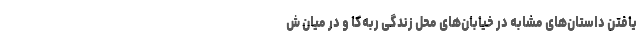
یافتن داستان‌های مشابه در خیابان‌های محل زندگی ربه‌کا و در میان ش